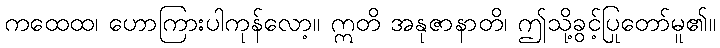
ကထေထ၊ ဟောကြားပါကုန်လော့။ ဣတိ အနုဇာနာတိ၊ ဤသို့ခွင့်ပြုတော်မူ၏။